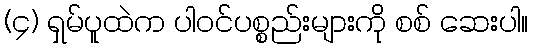
(၄) ရှမ်ပူထဲက ပါဝင်ပစ္စည်းများကို စစ် ဆေးပါ။